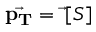
{ \vec { \mathbf { p _ { T } } } } = { \vec { \mathbf { \nabla } } } [ S ]